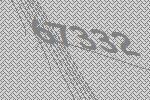
67332